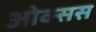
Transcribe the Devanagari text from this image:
ओक्सस